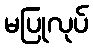
မပြုလုပ်